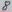
Text: 8